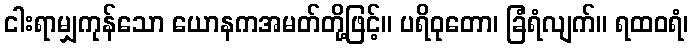
ငါးရာမျှကုန်သော ယောနကအမတ်တို့ဖြင့်။ ပရိဝုတော၊ ခြံရံလျက်။ ရထဝရံ၊